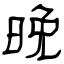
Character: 晩